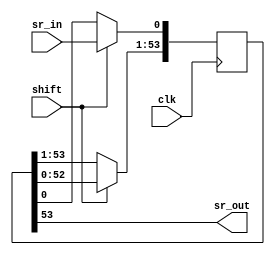
module SAT_SHIFT_REG (clk, shift, sr_in, sr_out);
	input clk, shift;
	input sr_in;
	output sr_out;

	reg [53:0] sr;
    initial sr = 0;

	always @ (posedge clk)
	begin
		if (shift == 1'b1)
		begin
			sr[53:1] <= sr[52:0];
			sr[0] <= sr_in;
		end
	end
	assign sr_out = sr[53];
endmodule